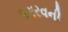
પગરવની